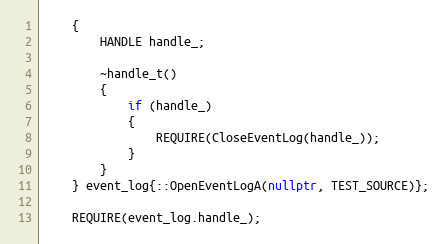
Language: C++
    {
        HANDLE handle_;

        ~handle_t()
        {
            if (handle_)
            {
                REQUIRE(CloseEventLog(handle_));
            }
        }
    } event_log{::OpenEventLogA(nullptr, TEST_SOURCE)};

    REQUIRE(event_log.handle_);